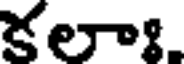
కలాః.